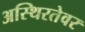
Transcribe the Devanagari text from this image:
अस्थिरतेवर